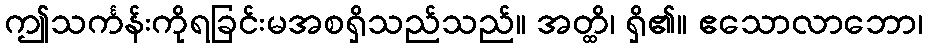
ဤသင်္ကန်းကိုရခြင်းမအစရှိသည်သည်။ အတ္ထိ၊ ရှိ၏။ ဧသောလာဘော၊